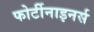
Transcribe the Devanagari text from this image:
फोर्टीनाइनर्स